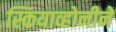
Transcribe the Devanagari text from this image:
स्कियाव्होनीने